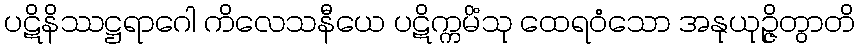
ပဋိနိဿဋ္ဌရာဂေါ ကိလေသနီယေ ပဋိက္ကမိံသု ထေရဝံသော အနုယုဉ္ဇိတွာတိ